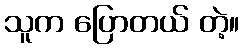
သူက ပြောတယ် တဲ့။